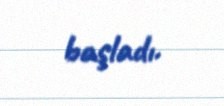
başladı.